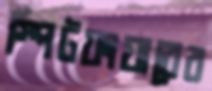
স্পিটফায়ারের